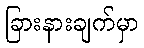
ခြားနားချက်မှာ